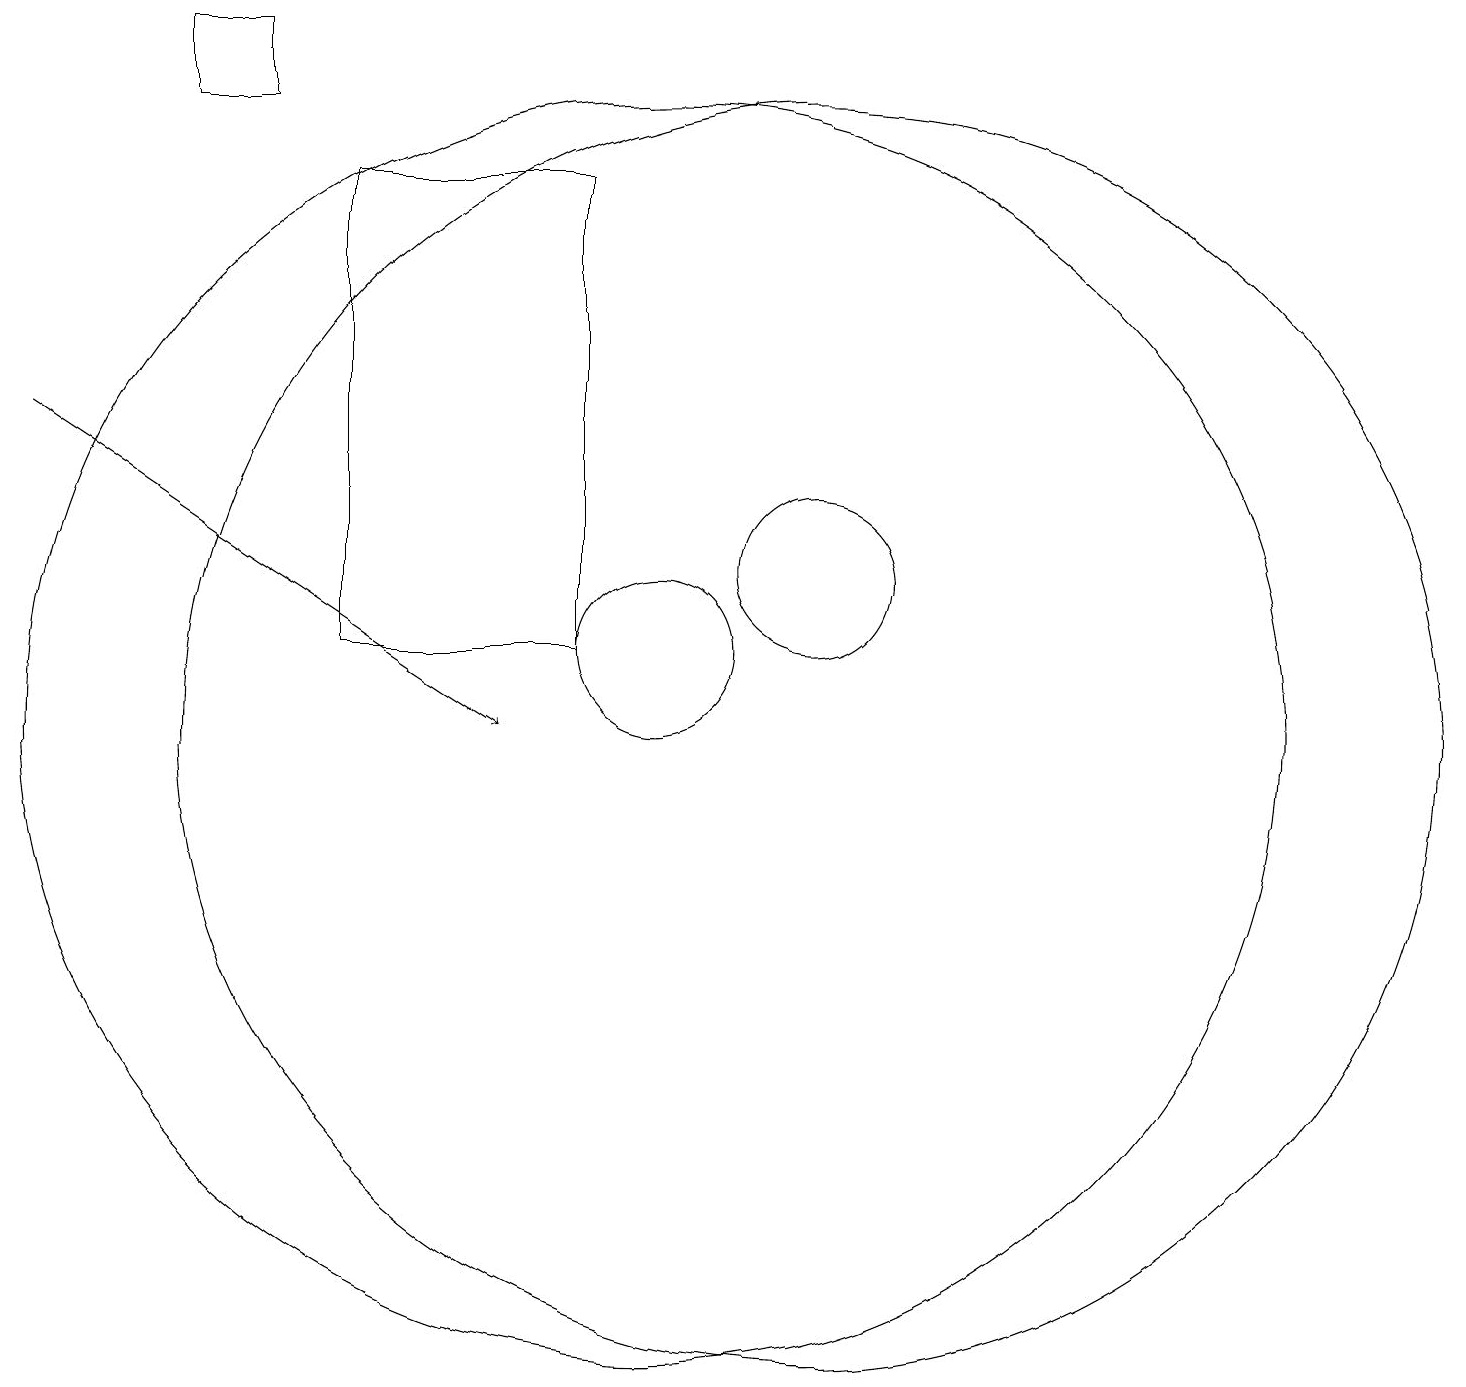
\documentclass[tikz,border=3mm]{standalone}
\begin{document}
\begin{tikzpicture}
\draw (6,11) rectangle (9,17);
\draw (10,10) circle (8);
\draw (5,18) rectangle (4,19);
\draw (10,11) circle (1);
\draw[->] (2,14) -- (8,10);
\draw (12,10) circle (8);
\draw (12,12) circle (1);
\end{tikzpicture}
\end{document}